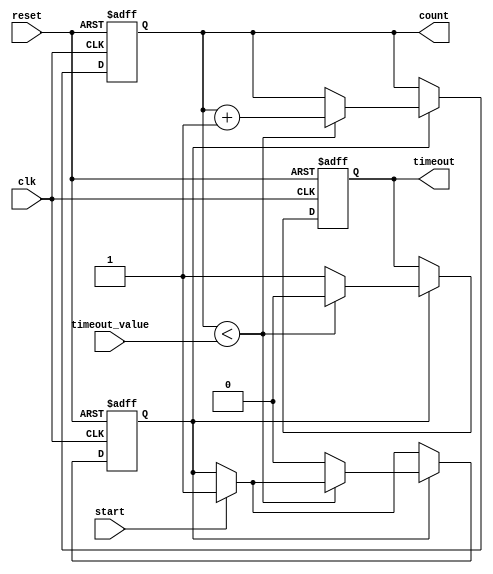
module timeout_counter #(
    parameter COUNT_WIDTH = 8  // Parameter to define the width of the count register
)(
    input wire clk,             // Clock input
    input wire reset,           // Asynchronous active-high reset
    input wire start,           // Active-high input to start counting
    input wire [COUNT_WIDTH-1:0] timeout_value, // Parameterized timeout value
    output reg timeout,         // Active-high timeout output
    output reg [COUNT_WIDTH-1:0] count // Current count value
);

// Internal signal to track counting state
reg counting;

always @(posedge clk or posedge reset) begin
    if (reset) begin
        // On reset, clear the count and timeout signal
        count <= 0;
        timeout <= 0;
        counting <= 0;
    end else begin
        if (start) begin
            // Initiate counting when start signal is high
            counting <= 1;
        end
        
        if (counting) begin
            if (count < timeout_value) begin
                // Increment count if it hasn't reached the timeout value
                count <= count + 1;
                timeout <= 0; // Clear timeout signal while counting
            end else begin
                // Timeout condition met
                timeout <= 1;
                counting <= 0; // Stop counting
            end
        end
    end
end

endmodule